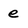
Character: e